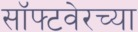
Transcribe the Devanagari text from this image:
सॉफ्टवेरच्या